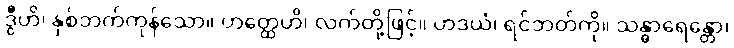
ဒွီဟိ၊ နှစ်ဘက်ကုန်သော။ ဟတ္ထေဟိ၊ လက်တို့ဖြင့်။ ဟဒယံ၊ ရင်ဘတ်ကို။ သန္ဓာရေန္တော၊